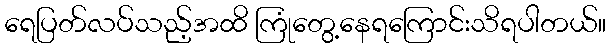
ရေပြတ်လပ်သည့်အထိ ကြုံတွေ့နေရကြောင်းသိရပါတယ်။